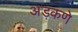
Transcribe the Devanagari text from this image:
अडकणे